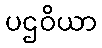
ပဌဝိယာ